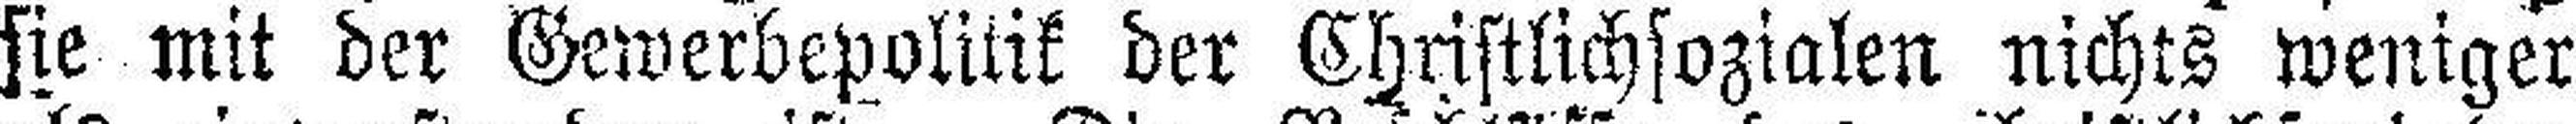
sie mit der Gewerbepolitik der Christlichsozialen nichts weniger